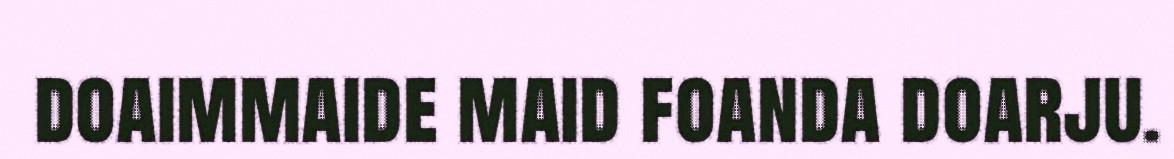
doaimmaide maid foanda doarju.